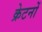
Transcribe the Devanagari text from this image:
क्रेटनों